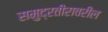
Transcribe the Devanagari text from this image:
समुद्रतीरावरील